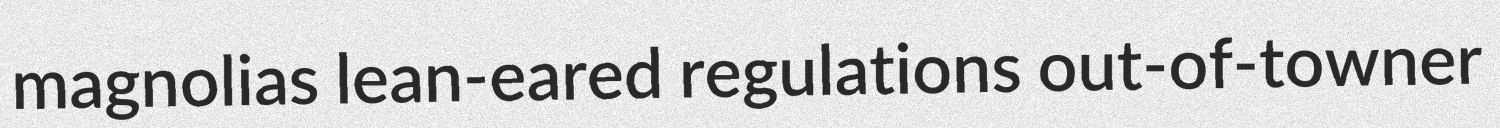
magnolias lean-eared regulations out-of-towner